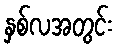
နှစ်လအတွင်း